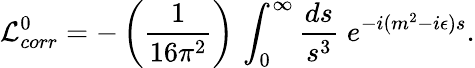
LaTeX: {\cal L}_{corr}^{0}=-\left({\frac{1}{16\pi^{2}}}\right)\, \int_{0}^{\infty}{\frac{ds}{s^{3}}}\; e^{-i(m^{2}-i\epsilon)s}.